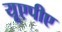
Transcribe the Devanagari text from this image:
यूएपीए